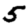
Digit: 5